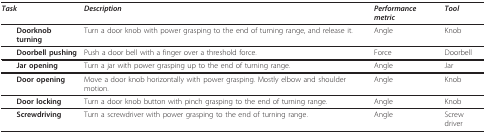
| Task | Description | Performance metric | Tool |
 | --- | --- | --- | --- |
 | Doorknob turning | Turn a door knob with power grasping to the end of turning range, and release it. | Angle | Knob |
 | Doorbell pushing | Push a door bell with a finger over a threshold force. | Force | Doorbell |
 | Jar opening | Turn a jar with power grasping up to the end of turning range. | Angle | Jar |
 | Door opening | Move a door knob horizontally with power grasping. Mostly elbow and shoulder motion. | Angle | Knob |
 | Door locking | Turn a door knob button with pinch grasping to the end of turning range. | Angle | Knob |
 | Screwdriving | Turn a screwdriver with power grasping to the end of turning range. | Angle | Screw driver |